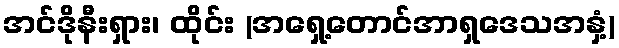
အင်ဒိုနီးရှား၊ ထိုင်း (အရှေ့တောင်အာရှဒေသအနှံ့)